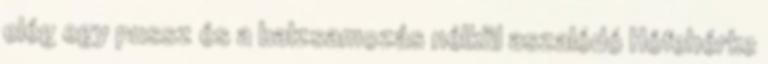
elég egy pussz és a balzsamozás nélkül aszalódó Hófehérke